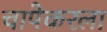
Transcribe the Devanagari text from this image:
चापेकरला